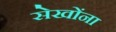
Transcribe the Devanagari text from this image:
सेखोंना